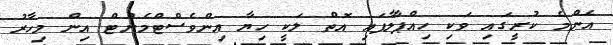
އެންމެ ކުރީގައި ވަކި ހިއްޕާލާފައި އޮތް ލަކީ ހިޔާ އިންވެސްޓްމެންޓް އިން މިހާރު